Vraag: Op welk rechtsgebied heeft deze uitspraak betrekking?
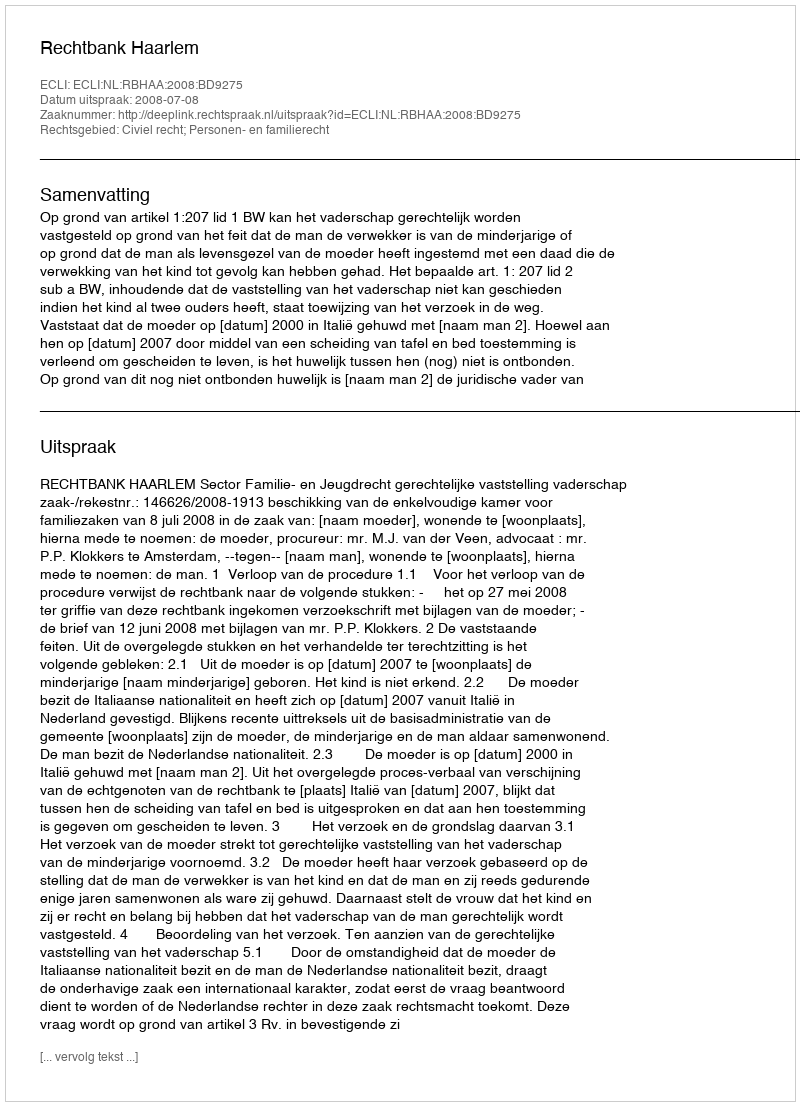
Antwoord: Civiel recht; Personen- en familierecht